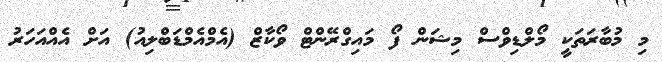
މި މުބާރަތަކީ މޯލްޑިވްސް މިޝަން ފޯ މައިގްރޭންޓް ވޯކާޒް (އެމްއެމްޑަބްލިއު) އަށް އެއްއަހަރު